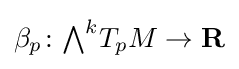
{\textstyle \beta _{p}\colon {\textstyle \bigwedge }^{k}T_{p}M\to \mathbf {R} }